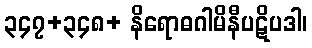
၃၄၇+၃၄၈+ နိရောဓဂါမိနီပဋိပဒါ၊